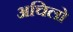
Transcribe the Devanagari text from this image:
अचिलो